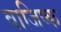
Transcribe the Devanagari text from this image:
वाजिष्क